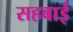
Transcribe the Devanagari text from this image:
सहबाई